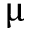
\upmu